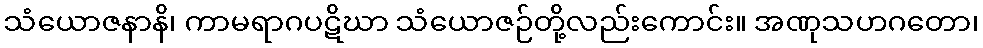
သံယောဇနာနိ၊ ကာမရာဂပဋိဃာ သံယောဇဉ်တို့လည်းကောင်း။ အဏုသဟဂတော၊